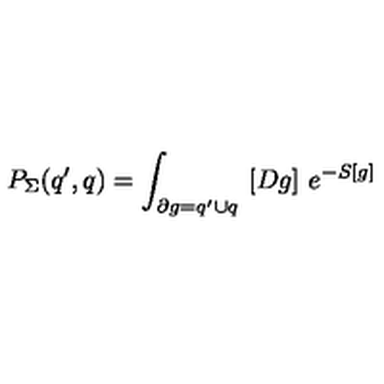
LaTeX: P _ { \Sigma } ( q ^ { \prime } , q ) = \int _ { \partial g = q ^ { \prime } \cup q } \ [ D g ] \ e ^ { - S [ g ] }